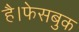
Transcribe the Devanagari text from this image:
है।फेसबुक